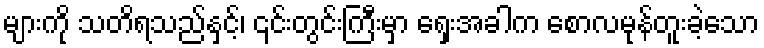
များကို သတိရသည်နှင့်၊ ၎င်းတွင်းကြီးမှာ ရှေးအခါက စောလမုန်တူးခဲ့သော